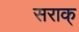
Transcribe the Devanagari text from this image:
सराक्